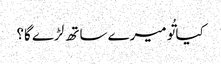
کیا تُو میرے ساتھ لڑے گا؟